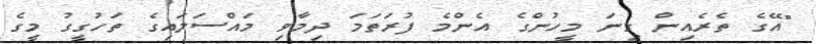
"އޭގެ ތެރެއިން ގިނަ މީހުންގެ އެންމެ ފުރަތަމަ ދިމާވި މައްސަލައިގެ ތަހުގީގު މީގެ